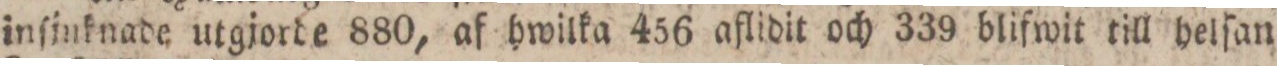
inſinknade utgjorde 880, af hwilka 456 aflidit och 339 blifwit till helſan